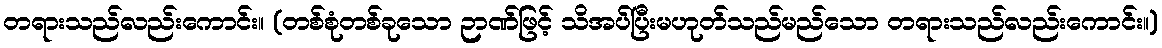
တရားသည်လည်းကောင်း။ (တစ်စုံတစ်ခုသော ဉာဏ်ဖြင့် သိအပ်ပြီးမဟုတ်သည်မည်သော တရားသည်လည်းကောင်း။)